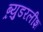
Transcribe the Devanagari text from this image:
ब्र्युडरलीश